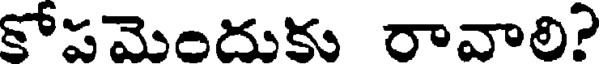
కోపమెందుకు రావాలి?